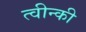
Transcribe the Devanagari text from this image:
त्वीन्की